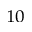
^ { 1 0 }